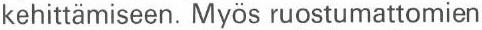
kehittämiseen. Myös ruostumattomien